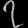
Digit: ၇